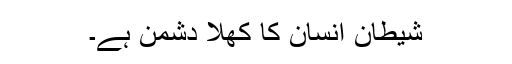
شیطان انسان کا کھلا دشمن ہے۔